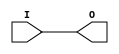
/***************************************************************************
 *                                                                         *
 *   OBUF.v - An output buffer of a Xilinx FPGA.                           *
 *                                                                         *
 *   Copyright (C) 2007 by Patrick Suggate                                 *
 *   patrick@physics.otago.ac.nz                                           *
 *                                                                         *
 *   This program is free software; you can redistribute it and/or modify  *
 *   it under the terms of the GNU General Public License as published by  *
 *   the Free Software Foundation; either version 2 of the License, or     *
 *   (at your option) any later version.                                   *
 *                                                                         *
 *   This program is distributed in the hope that it will be useful,       *
 *   but WITHOUT ANY WARRANTY; without even the implied warranty of        *
 *   MERCHANTABILITY or FITNESS FOR A PARTICULAR PURPOSE.  See the         *
 *   GNU General Public License for more details.                          *
 *                                                                         *
 *   You should have received a copy of the GNU General Public License     *
 *   along with this program; if not, write to the                         *
 *   Free Software Foundation, Inc.,                                       *
 *   59 Temple Place - Suite 330, Boston, MA  02111-1307, USA.             *
 ***************************************************************************/

`timescale 1ns/100ps
module OBUF (I, O);
input	I;
output	O;

parameter	SLEW		= "SLOW" ;
parameter	IOSTANDARD	= "LVCMOS33" ;
parameter	DRIVE		= 12 ;

parameter	ODELAY	= 7.0;	// SSTL2_II output delay is about 4.6 ns?

reg	O;
always @(I)
	O	<= #ODELAY I;

endmodule	// OBUFT